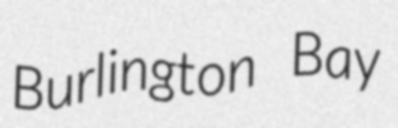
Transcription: Burlington Bay